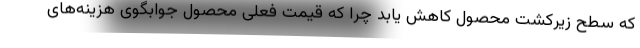
که سطح زیرکشت محصول کاهش یابد چرا که قیمت فعلی محصول جوابگوی هزینه‌های